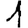
Digit: 1